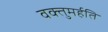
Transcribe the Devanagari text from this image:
वक्तुमर्हति